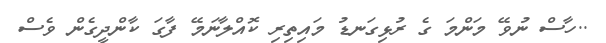
..ހާސް ނުވޭ މަންމަ ގެ ރުޅިގަނޑު މައިތިރި ކޮއްލާނަމޭ ފާގަ ކާންދީގެން ވެސް